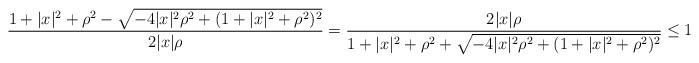
LaTeX: \begin{align*} \frac{1+|x|^{2}+\rho^{2}-\sqrt{-4|x|^{2}\rho^{2}+(1+|x|^{2}+\rho^{2})^{2}}}{2|x|\rho} = \frac{2 |x| \rho}{1+|x|^{2}+\rho^{2}+\sqrt{-4 |x|^{2}\rho^{2}+(1+|x|^{2}+\rho^{2})^{2}}} \leq 1\end{align*}